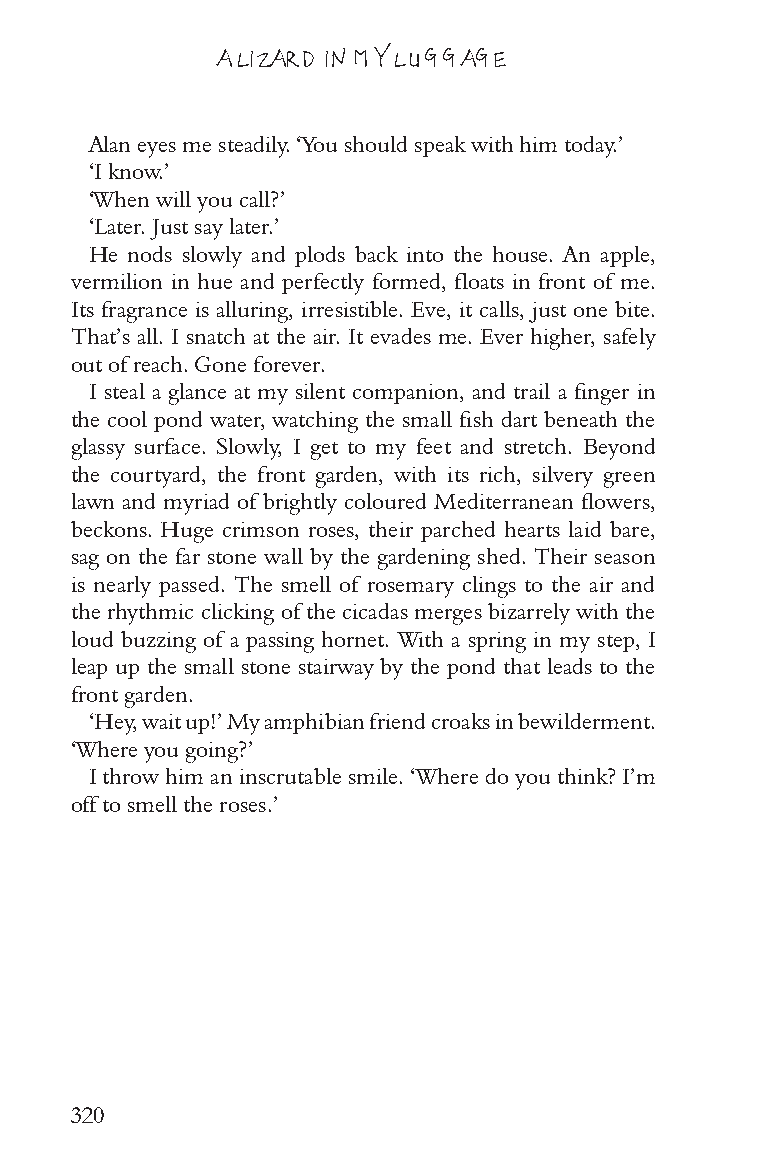
A LIZARD IN MY LUGGAGE
 Alan eyes me steadily. ‘You should speak with him today.’
 ‘I know.’
 ‘When will you call?’
 ‘Later. Just say later.’
 He nods slowly and plods back into the house. An apple,
 vermilion in hue and perfectly formed, floats in front of me.
 Its fragrance is alluring, irresistible. Eve, it calls, just one bite.
 That’s all. I snatch at the air. It evades me. Ever higher, safely
 out of reach. Gone forever.
 I steal a glance at my silent companion, and trail a finger in
 the cool pond water, watching the small fish dart beneath the
 glassy surface. Slowly, I get to my feet and stretch. Beyond
 the courtyard, the front garden, with its rich, silvery green
 lawn and myriad of brightly coloured Mediterranean flowers,
 beckons. Huge crimson roses, their parched hearts laid bare,
 sag on the far stone wall by the gardening shed. Their season
 is nearly passed. The smell of rosemary clings to the air and
 the rhythmic clicking of the cicadas merges bizarrely with the
 loud buzzing of a passing hornet. With a spring in my step, I
 leap up the small stone stairway by the pond that leads to the
 front garden.
 ‘Hey, wait up!’ My amphibian friend croaks in bewilderment.
 ‘Where you going?’
 I throw him an inscrutable smile. ‘Where do you think? I’m
 off to smell the roses.’
 320